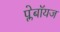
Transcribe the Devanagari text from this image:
प्लेबॉयज